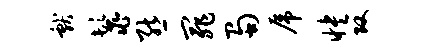
献鬣熊罪蜀虎怏攻